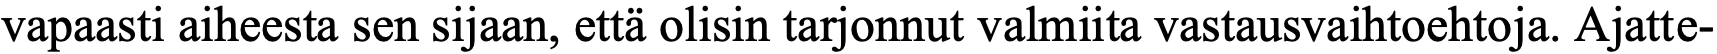
vapaasti aiheesta sen sijaan, että olisin tarjonnut valmiita vastausvaihtoehtoja. Ajatte-